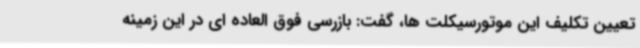
تعیین تکلیف این موتورسیکلت ها، گفت: بازرسی فوق العاده ای در این زمینه